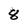
Character: 8